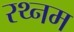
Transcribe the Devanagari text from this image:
रथ्नम